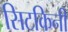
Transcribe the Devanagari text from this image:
सिटकिनी